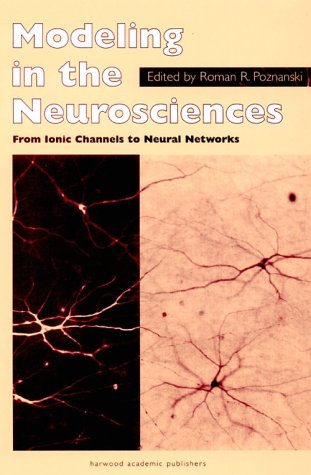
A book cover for Modeling in the Neurosciences: From Ionic Channels to Neural Networks; Medical Books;